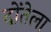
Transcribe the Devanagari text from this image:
दोंतेला